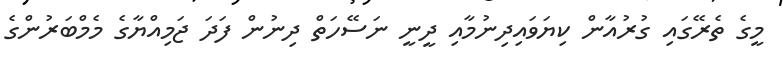
މީގެ ތެރޭގައި ގުރުއާން ކިޔަވައިދިނުމާއި ދީނީ ނަސޭހަތް ދިނުން ފަދަ ޖަމިއްޔާގެ މެމްބަރުންގެ